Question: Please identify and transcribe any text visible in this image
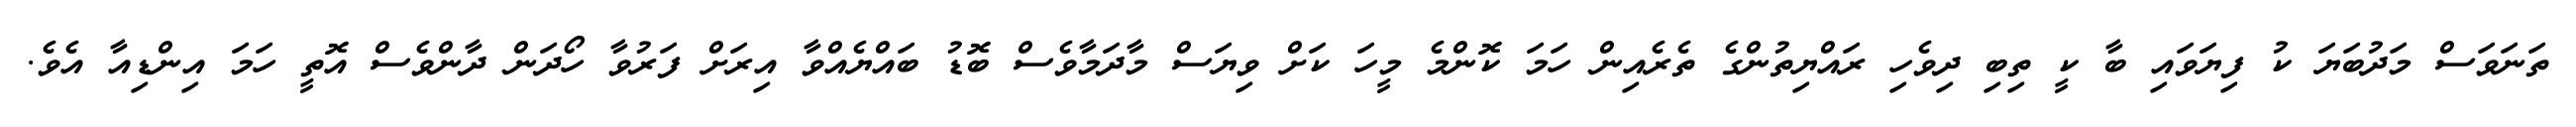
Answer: ތަނަވަސް މަދުބަޔަ ކު ފިޔަވައި ބާ ކީ ތިބި ދިވެހި ރައްޔިތުންގެ ތެރެއިން ހަމަ ކޮންމެ މީހަ ކަށް ވިޔަސް މާދަމާވެސް ބޮޑު ބައްޔެއްވާ އިރަށް ފަރުވާ ހޯދަން ދާންވެސް އޮތީ ހަމަ އިންޑިއާ އެވެ.